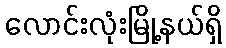
လောင်းလုံးမြို့နယ်ရှိ